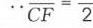
$\because \overline {CF}=\frac {}{2}$